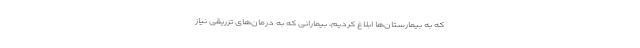
که به بیمارستان‌ها ابلاغ کردیم، بیمارانی که به درمان‌های تزریقی نیاز